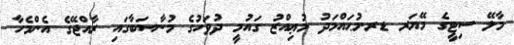
މާލޭ ސިޓީގެ މޭޔަރ ޑރ.މުޙައްމަދު މުޢިއްޒު ގައުމީ ދުވަހުގެ މުނާސަބާގައި ރާއްޖޭގެ އެންމެހާ